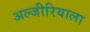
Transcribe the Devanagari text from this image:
अल्जीरियाला